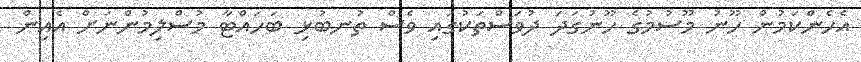
އެހެންކަމުން ހޫނު މޫސުމުގެ ހޫނުގަދަ ދުވަސްތަކުގައި ވެސް ތުނބުޅި ބަހައްޓާ މުސްލިމުންނަށް އެއިން